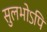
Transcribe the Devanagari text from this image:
सुलभोऽपि